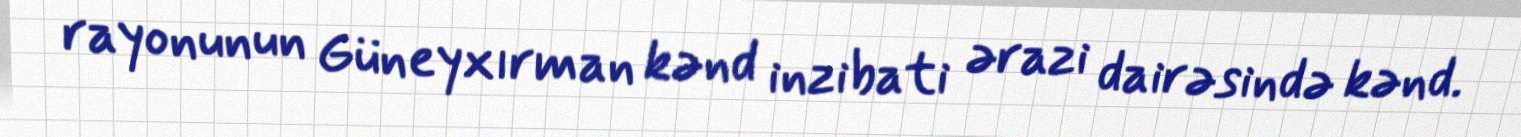
rayonunun Güneyxırman kənd inzibati ərazi dairəsində kənd.